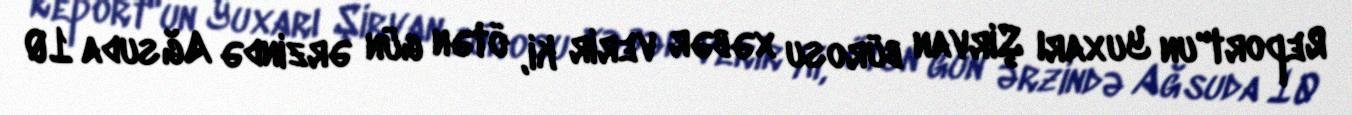
Report"un Yuxarı Şirvan bürosu xəbər verir ki, ötən gün ərzində Ağsuda 10